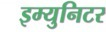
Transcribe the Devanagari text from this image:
इम्युनिटर